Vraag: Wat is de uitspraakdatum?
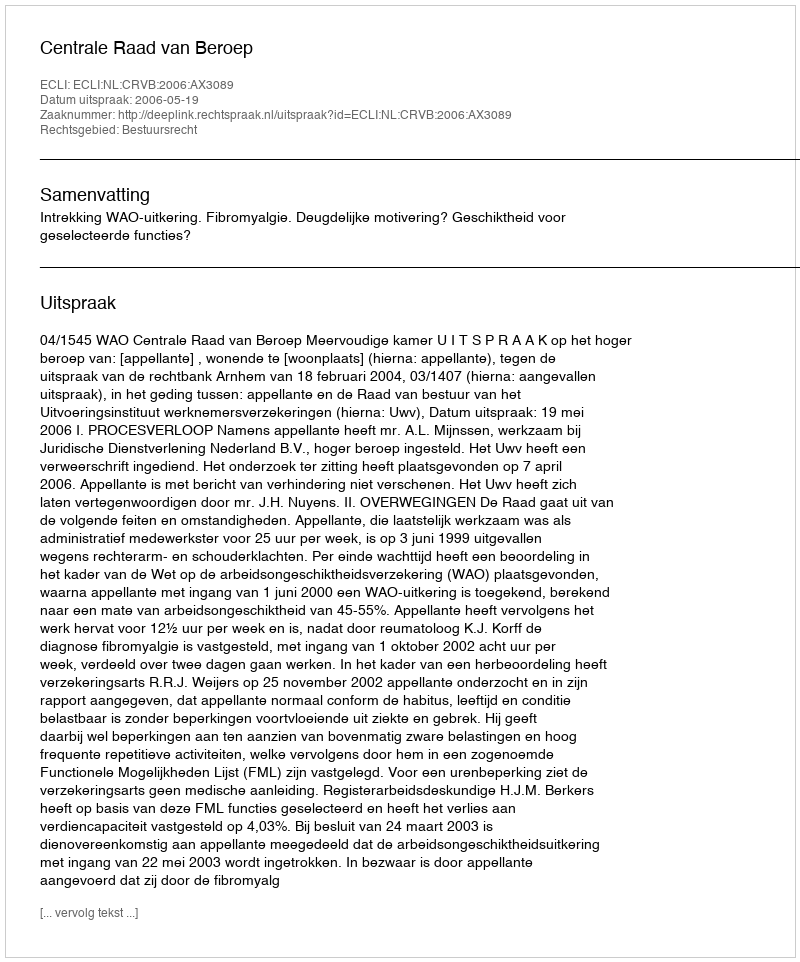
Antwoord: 2006-05-19